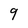
Character: 9